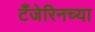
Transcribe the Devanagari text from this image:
टँजेरिनच्या